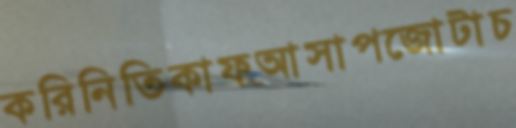
করিনিতিকাফআসাপজোটাচ